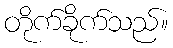
တိုက်ခိုက်သည်။